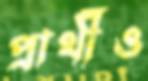
প্রার্থীও